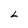
Character: L